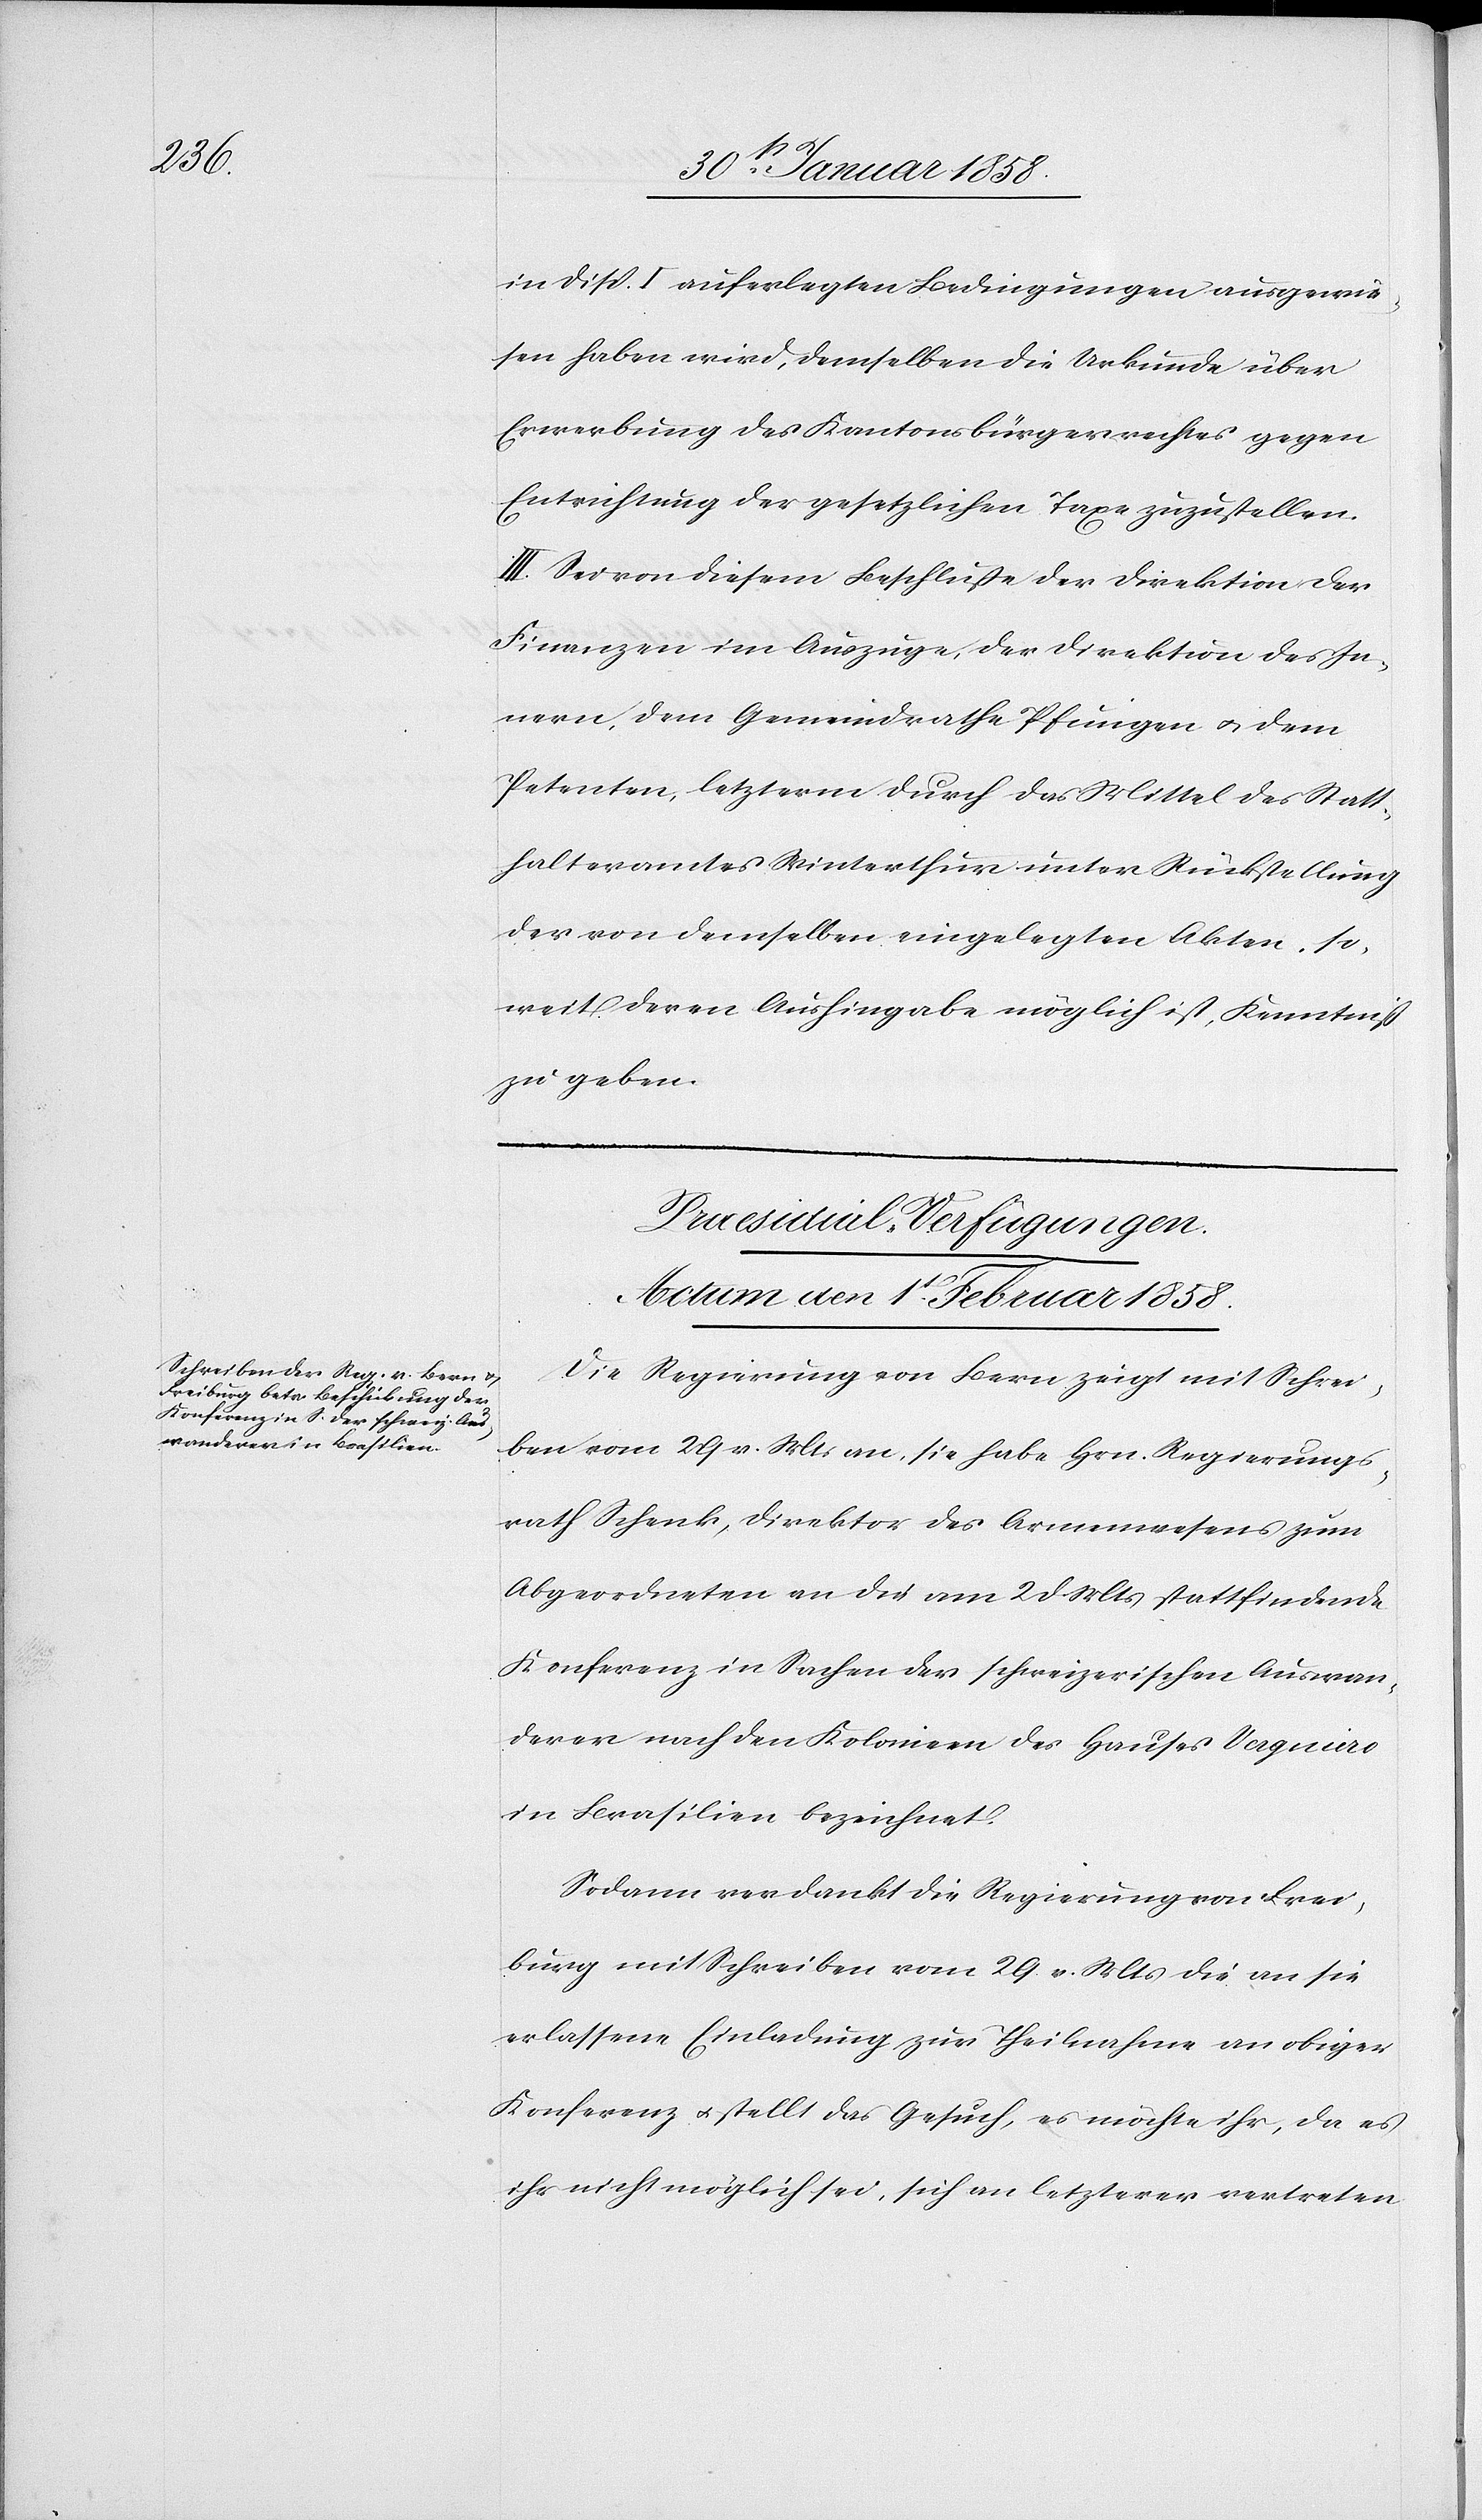
in Disp. auferlegten Bedingungen ausgewie¬
sen haben wird, demselben die Urkunde über
Erwerbung des Kantonsbürgerrechtes gegen
Entrichtung der gesetzlichen Taxe zuzustellen.
III. Sei von diesem Beschluße der Direktion der
Finanzen im Auszuge, der Direktion des In¬
nern, dem Gemeindrathe Pfungen u. dem
Petenten, letzterm durch das Mittel des Statt¬
halteramtes Winterthur unter Rückstellung
der von demselben eingelegten Akten, so¬
weit deren Aushingabe möglich ist, Kenntniß
zu geben.
Praesidial-Verfügungen.
Actum den 1t Februar 1858.
Die Regierung von Bern zeigt mit Schrei¬
ben vom 29 v. Mts an, sie habe Hrn. Regierungs¬
rath Schenk, Direktor des Armenwesens zum
Abgeordneten an die am 2 d Mts stattfindende
Konferenz in Sachen der schweizerischen Auswan¬
derer nach den Kolonien des Hauses Verguiero
in Brasilien bezeichnet.
Sodann verdankt die Regierung von Frei¬
burg mit Schreiben vom 29 v. Mts die an sie
erlassene Einladung zur Theilnahme an obiger
Konferenz u. stellt das Gesuch, es möchte ihr, da es
ihr nicht möglich sei, sich an letzterer vertreten